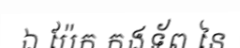
ឯ ប៉ែក កងទ័ព នៃ